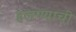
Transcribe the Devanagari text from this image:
हलण्याची